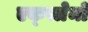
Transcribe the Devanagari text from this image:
एक्स्त्रेमो